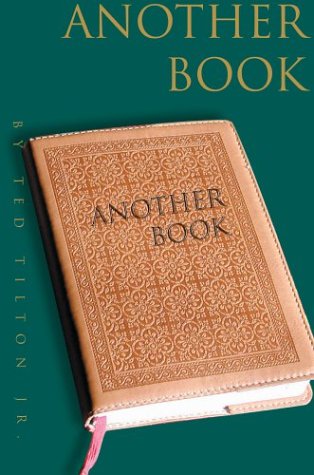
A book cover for Another Book; Ted Tilton Jr.; Teen & Young Adult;